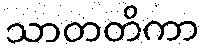
သာတတိကာ